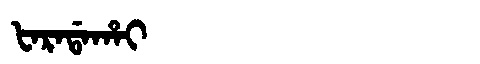
Manchu: ᡶᠠᡵᠠᡩᠠᡥᠠᡳ
Romanization: FARADAHAI